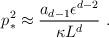
LaTeX: \begin{align*}p_*^2\approx {a_{d-1}\epsilon^{d-2}\over\kappa L^d}~.\end{align*}